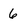
Character: 6